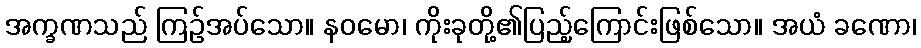
အက္ခဏသည် ကြဉ်အပ်သော။ နဝမော၊ ကိုးခုတို့၏ပြည့်ကြောင်းဖြစ်သော။ အယံ ခဏော၊